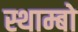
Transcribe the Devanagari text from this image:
स्थाम्बो